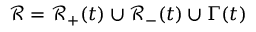
\mathscr { R } = \mathscr { R } _ { + } ( t ) \cup \mathscr { R } _ { - } ( t ) \cup \Gamma ( t )